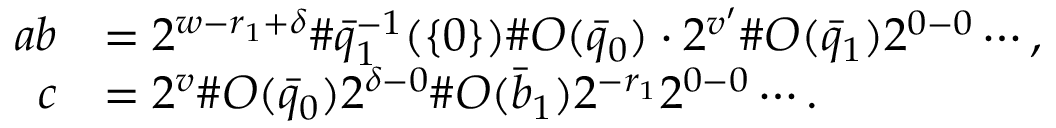
\begin{array} { r l } { a b } & { = 2 ^ { w - r _ { 1 } + \delta } \# \bar { q } _ { 1 } ^ { - 1 } ( \{ 0 \} ) \# O ( \bar { q } _ { 0 } ) \cdot 2 ^ { v ^ { \prime } } \# O ( \bar { q } _ { 1 } ) 2 ^ { 0 - 0 } \cdots , } \\ { c } & { = 2 ^ { v } \# O ( \bar { q } _ { 0 } ) 2 ^ { \delta - 0 } \# O ( \bar { b } _ { 1 } ) 2 ^ { - r _ { 1 } } 2 ^ { 0 - 0 } \cdots . } \end{array}